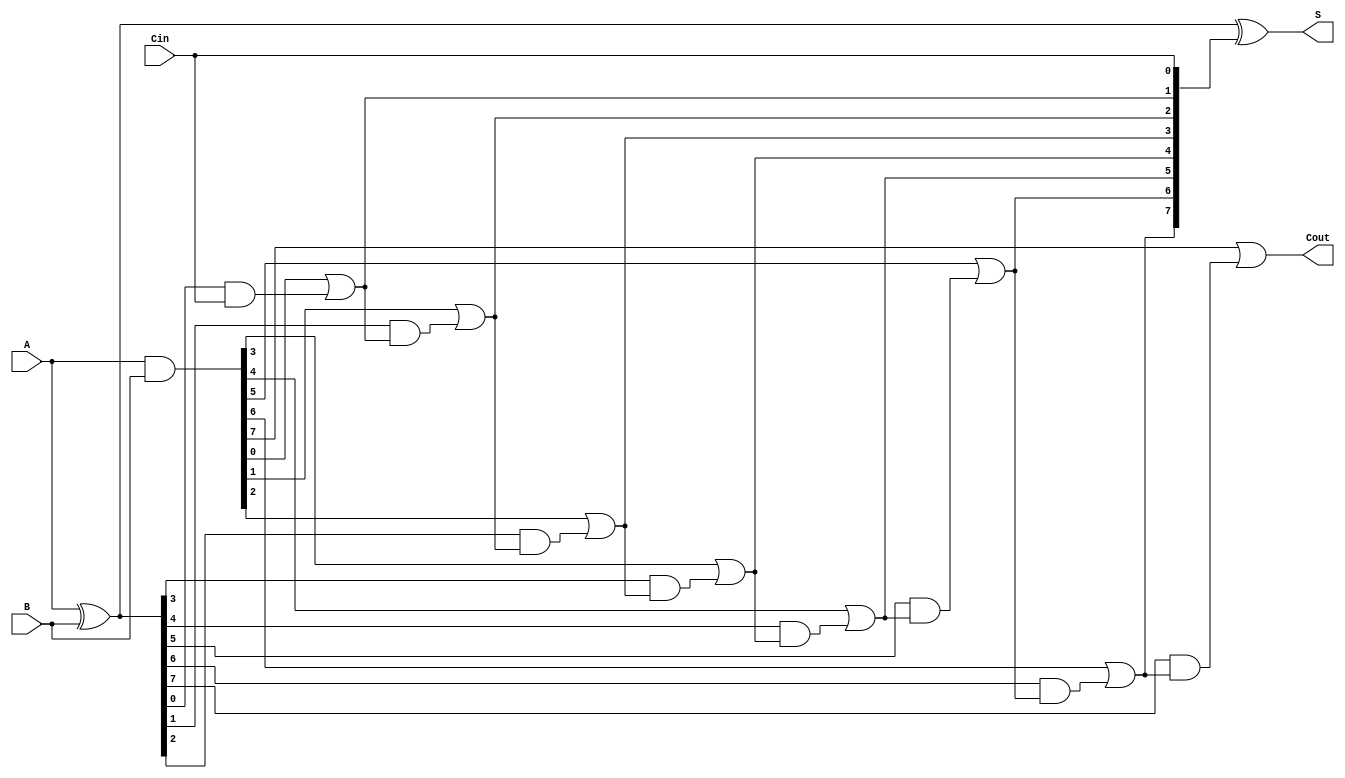
module KoggeStoneAdder #(parameter N = 8) (
    input [N-1:0] A,      // First input
    input [N-1:0] B,      // Second input
    input Cin,            // Input carry
    output [N-1:0] S,     // Sum output
    output Cout           // Output carry
);

    // Generate and Propagate signals
    wire [N-1:0] G; // Generate
    wire [N-1:0] P; // Propagate
    wire [N:0] C;   // Carry

    // Compute Generate and Propagate signals
    assign G = A & B;
    assign P = A ^ B;

    // Initial carry
    assign C[0] = Cin;

    // Carry generation stages
    genvar i, j, k;
    generate
        // Stage 1
        for (i = 0; i < N; i = i + 1) begin
            assign C[i+1] = G[i] | (P[i] & C[i]);
        end
    endgenerate

    // Sum calculation
    assign S = P ^ C[N-1:0];

    // Final carry out
    assign Cout = C[N];

endmodule